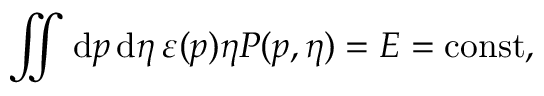
\iint \mathrm { d } \boldsymbol { p } \, \mathrm { d } \eta \, \varepsilon ( \boldsymbol { p } ) \eta P ( \boldsymbol { p } , \eta ) = E = \mathrm { c o n s t } ,